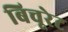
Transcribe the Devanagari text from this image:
बिचूरेट